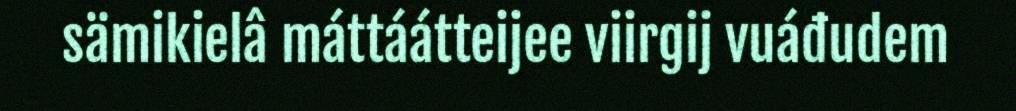
sämikielâ máttáátteijee viirgij vuáđudem